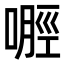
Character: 𪡿